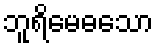
ဘူရိမေဓသော